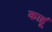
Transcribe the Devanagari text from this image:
काहूं